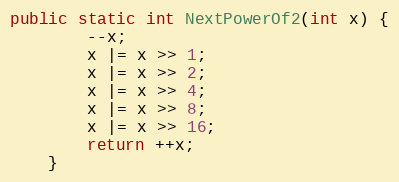
Language: Java
public static int NextPowerOf2(int x) {
        --x;
        x |= x >> 1;
        x |= x >> 2;
        x |= x >> 4;
        x |= x >> 8;
        x |= x >> 16;
        return ++x;
    }